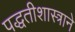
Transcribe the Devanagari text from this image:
पद्धतीशास्त्राने